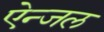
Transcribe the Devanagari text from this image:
ऐन्जल